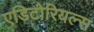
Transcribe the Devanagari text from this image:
एडिटोरियल्स